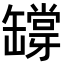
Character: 𦉘